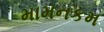
મામનકમ